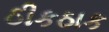
ઠીકઠાક